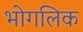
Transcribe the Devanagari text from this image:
भोगलिक